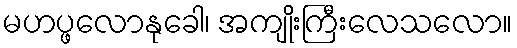
မဟပ္ဖလောနုခေါ၊ အကျိုးကြီးလေသလော။